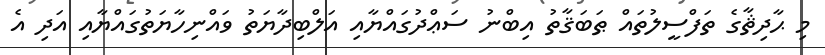
މި ޙާދިޘާގެ ތަފްސީލުތައް ޠަބަޤާތު އިބްނު ސަޢްދުގައްޔާއި އަލްބިދާޔަތު ވައްނިހާޔަތުގައްޔާއި އަދި އެ